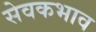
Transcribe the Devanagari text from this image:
सेवकभाव